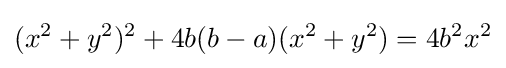
(x^{2}+y^{2})^{2}+4b(b-a)(x^{2}+y^{2})=4b^{2}x^{2}